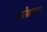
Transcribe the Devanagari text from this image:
अपेश्राक्रत